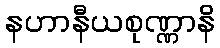
နဟာနီယစုဏ္ဏာနိ